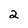
Character: 2